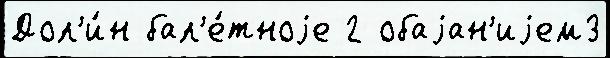
Дол'и́н бал'е́тноjе 2 обаjан'иjем3